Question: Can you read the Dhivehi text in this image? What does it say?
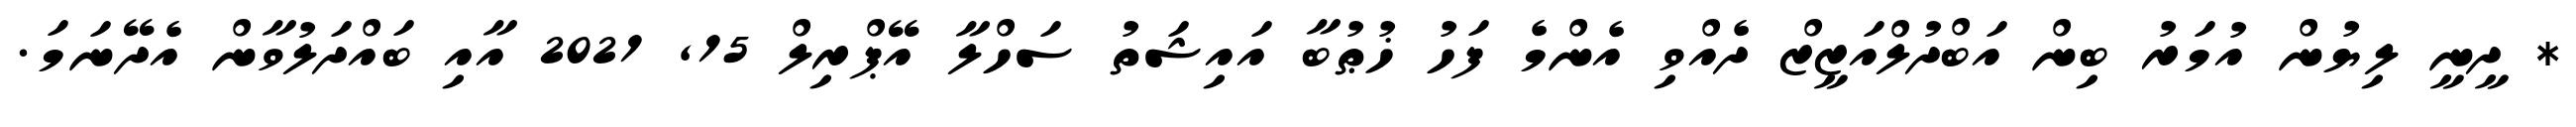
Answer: * ދީނީ ލިޔުން އުމަރު ބިން އަބްދުލްއަޒީޒް ދެއްވި އެންމެ ފަހު ޚުޠުބާ އައިޝަތު ސަހްލާ އޭޕްރިލް 15, 2021 އާއި ބައްދަލުވާން އެދޭނަމަ.